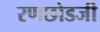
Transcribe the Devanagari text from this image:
रणछोडजी